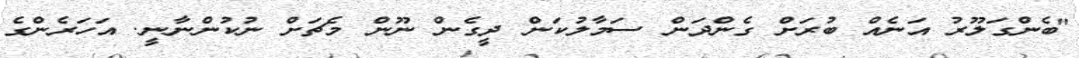
"ބެންގަލޫރު އަނެއް ބުރަށް ގެންދަން ސަމާލުކަން ދީގެން ނޫން މެޗަށް ނުކުންނާނީ. އަހަރެންގެ